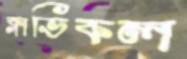
ক্লাভিকল